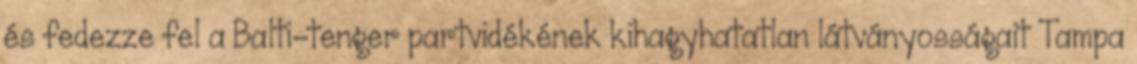
és fedezze fel a Balti-tenger partvidékének kihagyhatatlan látványosságait Tampa